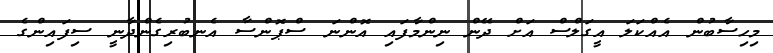
މިހިސާބުން އެއްކަލަ އީގަލްސް އަށް ދޭން ނިންމާފައި އޮންނަ ސްޕޮންސާ އެނބުރިގެންދާނީ ސިފައިންގެ